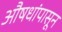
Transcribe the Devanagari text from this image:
औषधांपासून